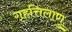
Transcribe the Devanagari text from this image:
गृहत्तिलाणु